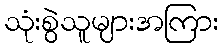
သုံးစွဲသူများအကြား